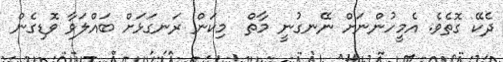
ދެކޭ ގޮތެވެ. އެމީހުންނަށް ނޭނގުނީ މާތް  މިކަން ރަނގަޅަށްް ބައްލަވާ ވޮޑިގެން